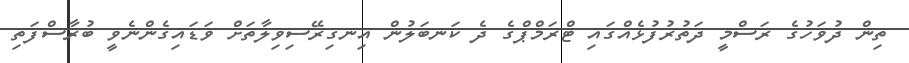
ތިން ދުވަހުގެ ރަސްމީ ދަތުރުފުޅެއްގައި ޓްރަމްޕްގެ ދެ ކަނބަލުން އިނގިރޭސިވިލާތަށް ވަޑައިގެންނެވީ ބުރާސްފަތި